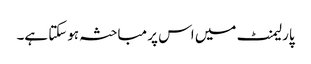
پارلیمنٹ میں اس پر مباحثہ ہوسکتا ہے۔